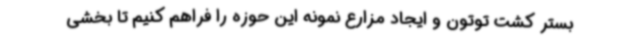
بستر کشت توتون و ایجاد مزارع نمونه این حوزه را فراهم کنیم تا بخشی